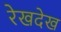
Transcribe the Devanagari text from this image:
रेखदेख